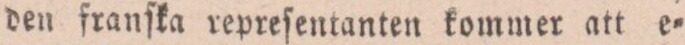
den franſka repreſentanten kommer att e=